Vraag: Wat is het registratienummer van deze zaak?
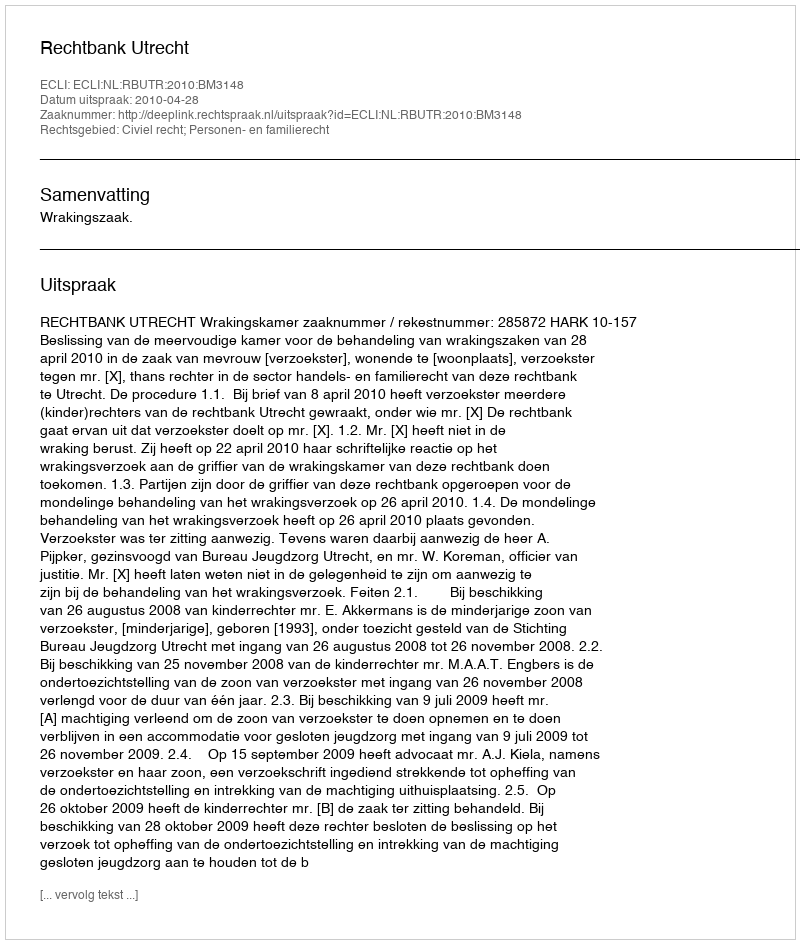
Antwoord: http://deeplink.rechtspraak.nl/uitspraak?id=ECLI:NL:RBUTR:2010:BM3148